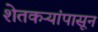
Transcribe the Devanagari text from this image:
शेतकऱ्यांपासून